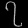
Digit: ၇